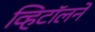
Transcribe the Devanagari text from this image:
व्हिटॉलने